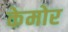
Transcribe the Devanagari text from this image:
केमोर